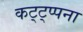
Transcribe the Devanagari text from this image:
कट्ट्प्पना